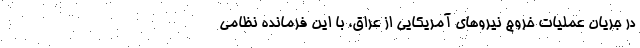
در جریان عملیات خروج نیروهای آمریکایی از عراق، با این فرمانده نظامی